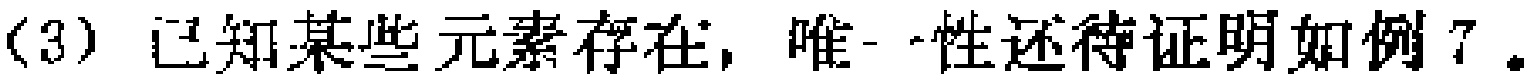
(3) 已知某些元素存在, 唯一性还待证明如例7。